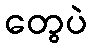
တွေပဲ